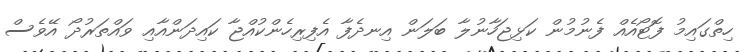
ހިތްގައިމު ފޮޓޯއެއް ފެނުމުން ކަޅިޖަހާނުލާ ބަލަން އިނދެފާ އެފިރިހެންކުއްޖާ ކައިދަންއާއި ވައްތަރުދޯ އޭވެސް